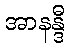
အာနန္ဒီ